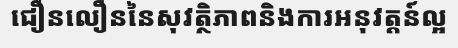
ជឿនលឿននៃសុវត្ថិភាពនិងការអនុវត្តន៍ល្អ